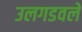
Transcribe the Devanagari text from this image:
उलगडवले